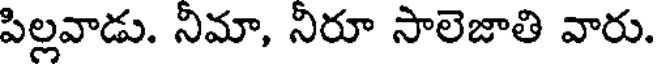
పిల్లవాడు. నిమా, నిరూ సాలెజాతి వారు.